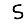
Digit: 5